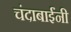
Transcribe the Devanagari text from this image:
चंदाबाईंनी